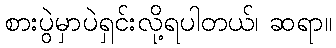
စားပွဲမှာပဲရှင်းလို့ရပါတယ်၊ ဆရာ။